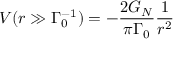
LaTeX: V ( r \gg \Gamma _ { 0 } ^ { - 1 } ) = - \frac { 2 G _ { N } } { \pi \Gamma _ { 0 } } \frac { 1 } { r ^ { 2 } }